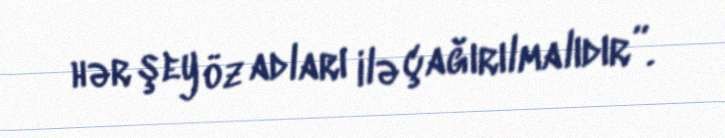
hər şey öz adları ilə çağırılmalıdır”.